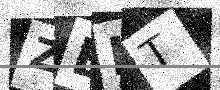
Text: ZEIT